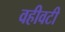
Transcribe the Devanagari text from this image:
वहीवटी